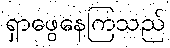
ရှာဖွေနေကြသည်